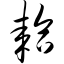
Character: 耠